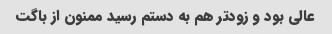
عالی بود و زودتر هم به دستم رسید ممنون از باگت